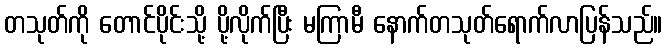
တသုတ်ကို တောင်ပိုင်းသို့ ပို့လိုက်ပြီး မကြာမီ နောက်တသုတ်ရောက်လာပြန်သည်။